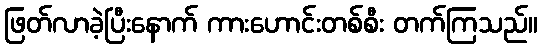
ဖြတ်လာခဲ့ပြီးနောက် ကားဟောင်းတစ်စီး တက်ကြသည်။